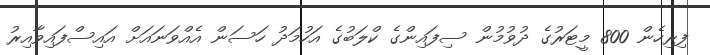
ފިރިހެން 800 މީޓަރުގެ ދުވުމުން ސިފައިންގެ ކްލަބުގެ އަހުމަދު ހަސަން އެއްވަނައަށް އައިސްފައިވާއިރު